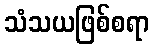
သံသယဖြစ်စရာ